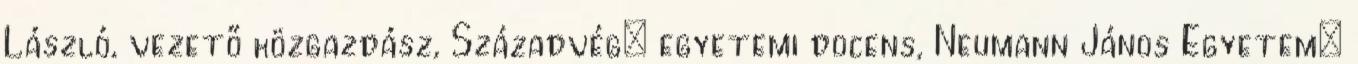
László, vezető közgazdász, Századvég; egyetemi docens, Neumann János Egyetem: